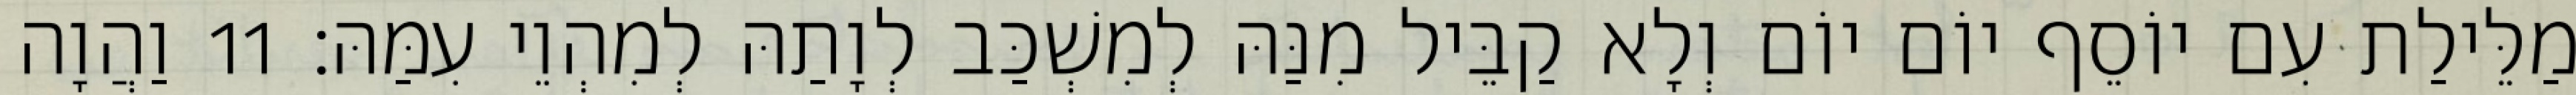
מַלֵּילַת עִם יוֹסֵף יוֹם יוֹם וְלָא קַבֵּיל מִנַּהּ לְמִשְׁכַּב לְוָתַהּ לְמִהְוֵי עִמַּהּ׃ 11 וַהֲוָה